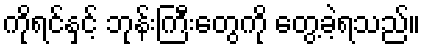
ကိုရင်နှင့် ဘုန်းကြီးတွေကို တွေ့ခဲ့ရသည်။